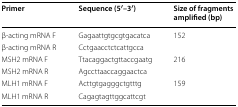
<table><thead><tr><td><b>Primer</b></td><td><b>Sequence (5′–3′)</b></td><td><b>Size of fragments amplified (bp)</b></td></tr></thead><tbody><tr><td>β-acting mRNA F</td><td>Gagaattgtgcgtgacatca</td><td>152</td></tr><tr><td>β-acting mRNA R</td><td>Cctgaacctctcattgcca</td><td></td></tr><tr><td>MSH2 mRNA F</td><td>Ttacaggactgttaccgaatg</td><td>216</td></tr><tr><td>MSH2 mRNA R</td><td>Agccttaaccaggaactca</td><td></td></tr><tr><td>MLH1 mRNA F</td><td>Acttgtgagggctgtttg</td><td>159</td></tr><tr><td>MLH1 mRNA R</td><td>Cagagtagttggcattcgt</td><td></td></tr></tbody></table>